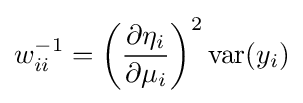
w_{ii}^{-1}=\left({\frac {\partial \eta _{i}}{\partial \mu _{i}}}\right)^{2}\mathrm {var} (y_{i})